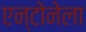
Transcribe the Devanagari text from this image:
एन्टोनेला